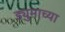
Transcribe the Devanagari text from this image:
ड्युमाच्या